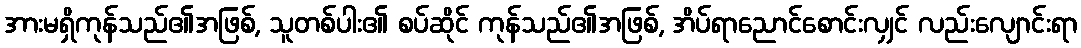
အားမရှိကုန်သည်၏အဖြစ်, သူတစ်ပါး၏ စပ်ဆိုင် ကုန်သည်၏အဖြစ်, အိပ်ရာညောင်စောင်းလျှင် လည်းလျောင်းရာ